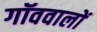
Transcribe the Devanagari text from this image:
गॉववालों